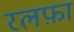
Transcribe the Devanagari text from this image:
रलफ़ा